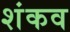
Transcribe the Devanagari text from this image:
शंकव